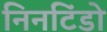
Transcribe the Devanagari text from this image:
निनटिंडो